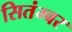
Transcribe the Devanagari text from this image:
सितंम्बर